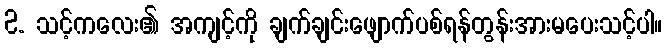
2. သင့်ကလေး၏ အကျင့်ကို ချက်ချင်းဖျောက်ပစ်ရန်တွန်းအားမပေးသင့်ပါ။